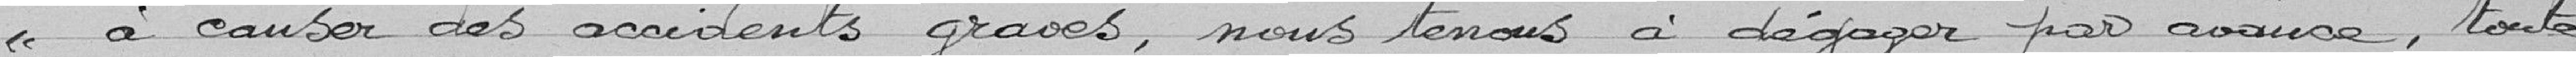
à causer des accidents graves, nous tenons à dégager par avance, toute